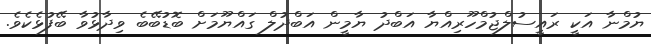
ޔުމްނާ އަކީ ރައީސުލްޖުމްހޫރިއްޔާ އަބްދު ޔާމީން އަބްދުލް ގައްޔޫމަށް ބޮޑުބޭބެ ވިދާޅުވާ ބޭފުޅެކެވެ.